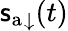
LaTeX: {\mathsf{s}_{\mathrm{{a}}}}_{\downarrow}(t)